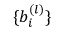
\{ b _ { i } ^ { ( l ) } \}